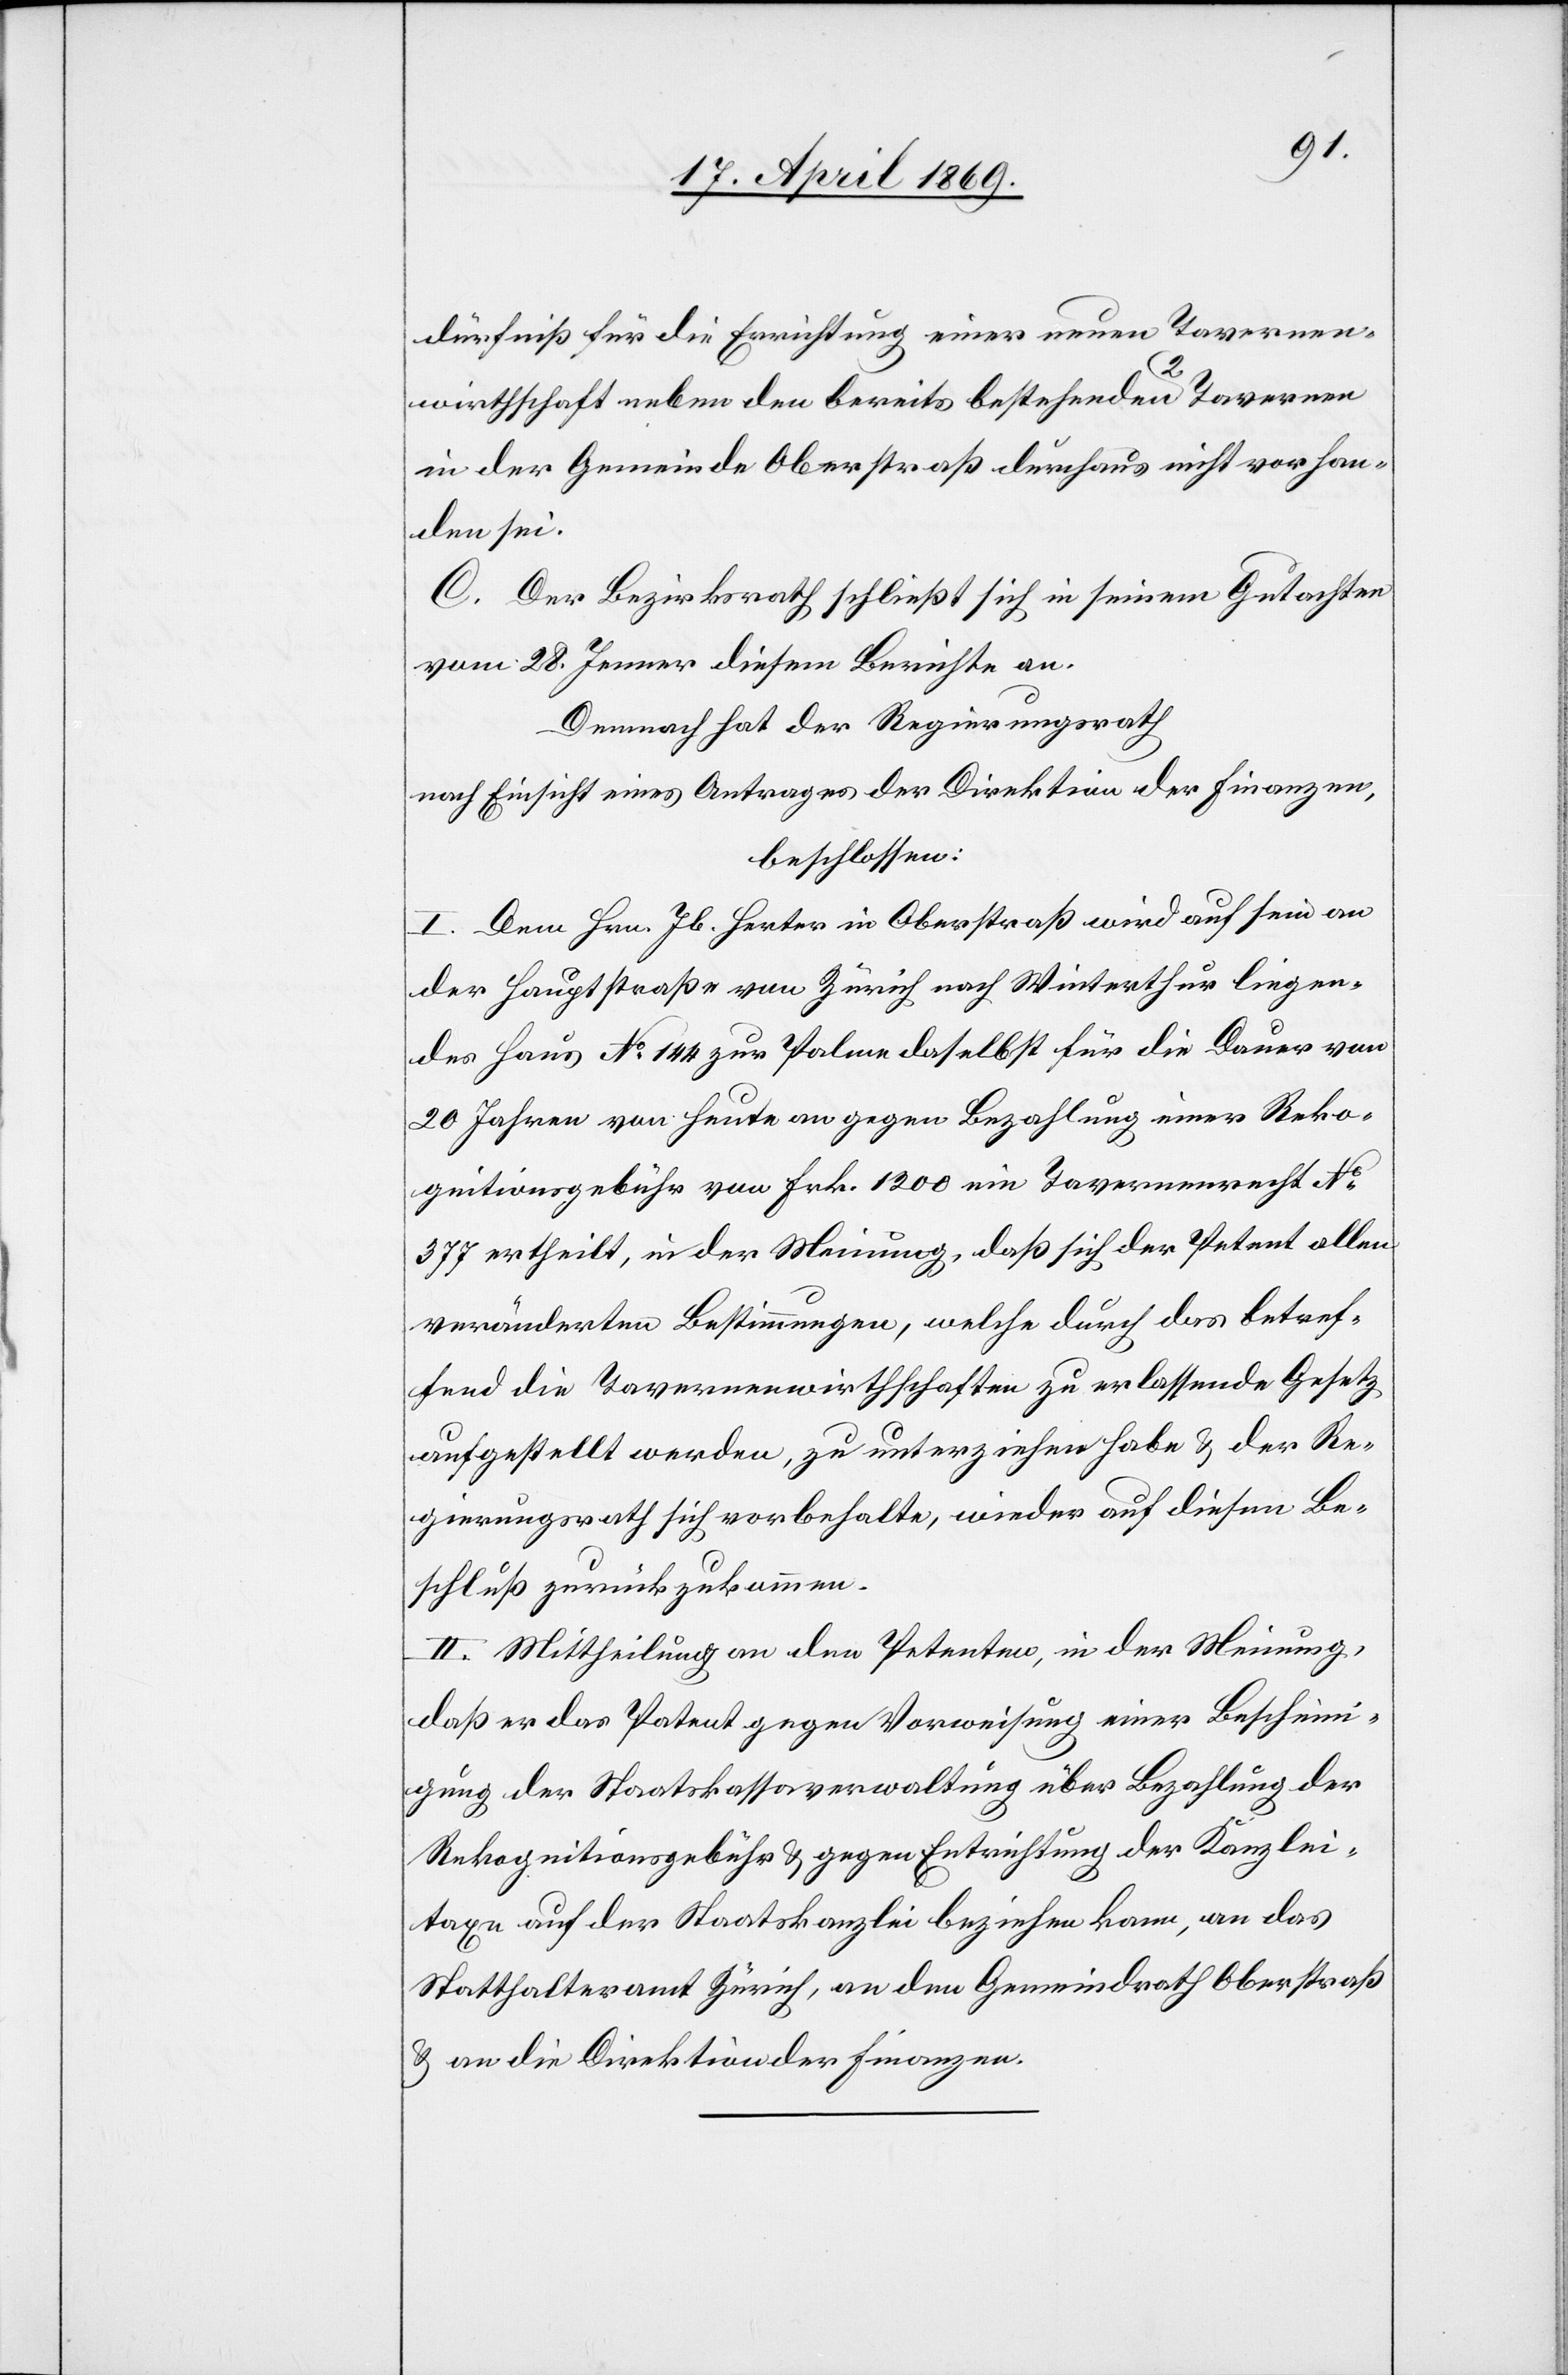
dürfniß für die Errichtung einer neuen Tavernen¬
wirthschaft neben den bereits bestehenden 2 Tavernen
in der Gemeinde Oberstraß durchaus nicht vorhan¬
den sei.
C. Der Bezirksrath schließt sich in seinem Gutachten
vom 28. Jenner diesem Berichte an.
Demnach hat der Regierungsrath
nach Einsicht eines Antrages der Direktion der Finanzen,
beschlossen:
I. Dem Hrn. Jb. Herter in Oberstraß wird auf sein an
der Hauptstraße von Zürich nach Winterthur liegen¬
des Haus N° 144 zur Palme daselbst für die Dauer von
20 Jahren von heute an gegen Bezahlung einer Reko¬
gnitionsgebühr von Frk. 1200 ein Tavernenrecht N°
377 ertheilt, in der Meinung, daß sich der Petent allen
veränderten Bestimmungen, welche durch das betref¬
fend die Tavernenwirthschaften zu erlassende Gesetz
aufgestellt werden, zu unterziehen habe u. der Re¬
gierungsrath sich vorbehalte, wieder auf diesem Be¬
schluß zurückzukommen.
II. Mittheilung an den Petenten, in der Meinung,
daß er das Patent gegen Vorweisung einer Bescheini¬
gung der Staatskassaverwaltung über Bezahlung der
Rekognitionsgebühr u. gegen Entrichtung der Kanzlei¬
taxe auf der Staatskanzlei beziehen kann, an das
Statthalteramt Zürich, an den Gemeindrath Oberstraß,
u. an die Direktion der Finanzen.